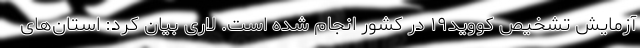
آزمایش تشخیص کووید۱۹ در کشور انجام شده است. لاری بیان کرد: استان‌های